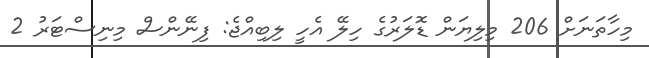
މިހާތަނަށް 206 މިލިޔަން ޑޮލަރުގެ ހިލޭ އެހީ ލިބިއްޖެ: ފިނޭންސް މިނިސްޓަރު 2